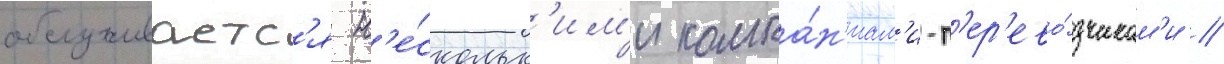
обслуживаетс'я н'е́скольк'им'и компа́н'иам'и-п'ер'ево́зчикам'и //